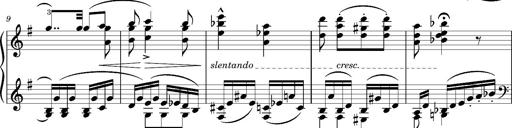
Title: Album-Leaf "Andante religioso"
Composer: Franz Liszt
Key: G major